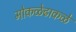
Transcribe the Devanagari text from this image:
मोकळेढाकळे